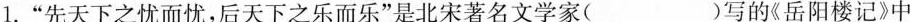
1.”先天下之忧而忧，后天下之乐而乐”是北宋著名文学家( )写的《岳阳楼记》中